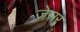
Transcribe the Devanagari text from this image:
जेसर